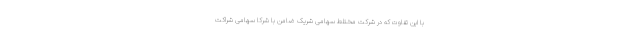
با این تفاوت که در شرکت مختلط سهامی شریک ضامن با شرکا سهامی شراکت